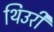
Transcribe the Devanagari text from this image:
थिउरी